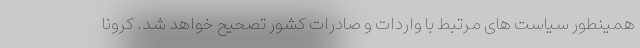
همینطور سیاست های مرتبط با واردات و صادرات کشور تصحیح خواهد شد. کرونا